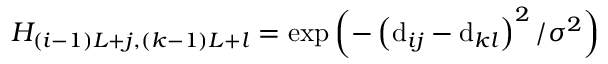
H _ { ( i - 1 ) L + j , ( k - 1 ) L + l } = \exp \left( - \left( \mathrm { d } _ { i j } - \mathrm { d } _ { k l } \right) ^ { 2 } / \sigma ^ { 2 } \right)